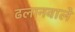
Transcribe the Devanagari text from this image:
ढलानवाले